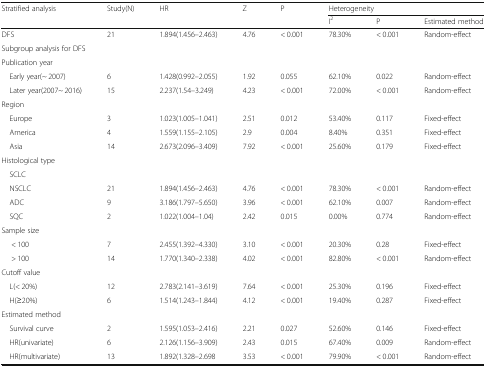
<table><thead><tr><td rowspan="2"><b>Stratified analysis</b></td><td rowspan="2"><b>Study(N)</b></td><td rowspan="2"><b>HR</b></td><td rowspan="2"><b>Z</b></td><td rowspan="2"><b>P</b></td><td colspan="3"><b>Heterogeneity</b></td></tr><tr><td><b>I<sup>2</sup></b></td><td><b>P</b></td><td><b>Estimated method</b></td></tr></thead><tbody><tr><td>DFS</td><td>21</td><td>1.894(1.456–2.463)</td><td>4.76</td><td>&lt; 0.001</td><td>78.30%</td><td>&lt; 0.001</td><td>Random-effect</td></tr><tr><td colspan="8">Subgroup analysis for DFS</td></tr><tr><td colspan="8">Publication year</td></tr><tr><td> Early year(~ 2007)</td><td>6</td><td>1.428(0.992–2.055)</td><td>1.92</td><td>0.055</td><td>62.10%</td><td>0.022</td><td>Random-effect</td></tr><tr><td> Later year(2007~ 2016)</td><td>15</td><td>2.237(1.54–3.249)</td><td>4.23</td><td>&lt; 0.001</td><td>72.00%</td><td>&lt; 0.001</td><td>Random-effect</td></tr><tr><td colspan="8">Region</td></tr><tr><td> Europe</td><td>3</td><td>1.023(1.005–1.041)</td><td>2.51</td><td>0.012</td><td>53.40%</td><td>0.117</td><td>Fixed-effect</td></tr><tr><td> America</td><td>4</td><td>1.559(1.155–2.105)</td><td>2.9</td><td>0.004</td><td>8.40%</td><td>0.351</td><td>Fixed-effect</td></tr><tr><td> Asia</td><td>14</td><td>2.673(2.096–3.409)</td><td>7.92</td><td>&lt; 0.001</td><td>25.60%</td><td>0.179</td><td>Fixed-effect</td></tr><tr><td colspan="8">Histological type</td></tr><tr><td colspan="8"> SCLC</td></tr><tr><td> NSCLC</td><td>21</td><td>1.894(1.456–2.463)</td><td>4.76</td><td>&lt; 0.001</td><td>78.30%</td><td>&lt; 0.001</td><td>Random-effect</td></tr><tr><td> ADC</td><td>9</td><td>3.186(1.797–5.650)</td><td>3.96</td><td>&lt; 0.001</td><td>62.10%</td><td>0.007</td><td>Random-effect</td></tr><tr><td> SQC</td><td>2</td><td>1.022(1.004–1.04)</td><td>2.42</td><td>0.015</td><td>0.00%</td><td>0.774</td><td>Random-effect</td></tr><tr><td colspan="8">Sample size</td></tr><tr><td>&lt; 100</td><td>7</td><td>2.455(1.392–4.330)</td><td>3.10</td><td>&lt; 0.001</td><td>20.30%</td><td>0.28</td><td>Fixed-effect</td></tr><tr><td>&gt; 100</td><td>14</td><td>1.770(1.340–2.338)</td><td>4.02</td><td>&lt; 0.001</td><td>82.80%</td><td>&lt; 0.001</td><td>Random-effect</td></tr><tr><td colspan="8">Cutoff value</td></tr><tr><td> L(&lt; 20%)</td><td>12</td><td>2.783(2.141–3.619)</td><td>7.64</td><td>&lt; 0.001</td><td>25.30%</td><td>0.196</td><td>Fixed-effect</td></tr><tr><td> H(≥20%)</td><td>6</td><td>1.514(1.243–1.844)</td><td>4.12</td><td>&lt; 0.001</td><td>19.40%</td><td>0.287</td><td>Fixed-effect</td></tr><tr><td colspan="8">Estimated method</td></tr><tr><td> Survival curve</td><td>2</td><td>1.595(1.053–2.416)</td><td>2.21</td><td>0.027</td><td>52.60%</td><td>0.146</td><td>Fixed-effect</td></tr><tr><td> HR(univariate)</td><td>6</td><td>2.126(1.156–3.909)</td><td>2.43</td><td>0.015</td><td>67.40%</td><td>0.009</td><td>Random-effect</td></tr><tr><td> HR(multivariate)</td><td>13</td><td>1.892(1.328–2.698</td><td>3.53</td><td>&lt; 0.001</td><td>79.90%</td><td>&lt; 0.001</td><td>Random-effect</td></tr></tbody></table>